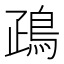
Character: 𪀑